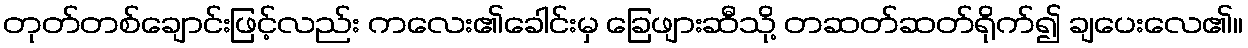
တုတ်တစ်ချောင်းဖြင့်လည်း ကလေး၏ခေါင်းမှ ခြေဖျားဆီသို့ တဆတ်ဆတ်ရိုက်၍ ချပေးလေ၏။